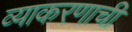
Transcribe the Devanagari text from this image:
व्याकरणाचीं